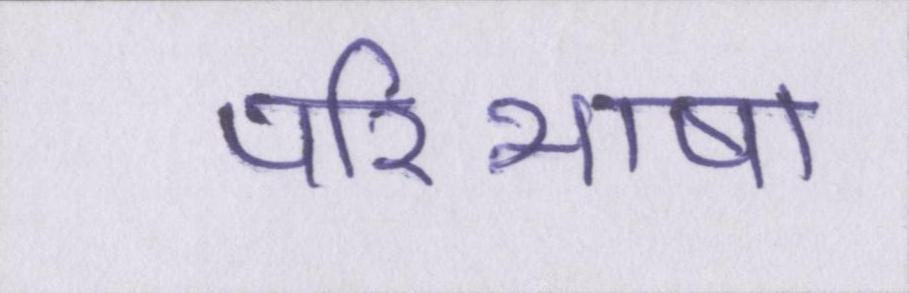
परिभाषा